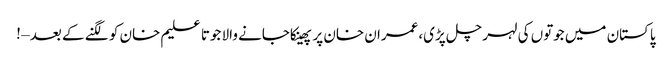
پاکستان میں جوتوں کی لہر چل پڑی،عمران خان پر پھینکاجانے والا جوتا علیم خان کو لگنے کے بعد – !